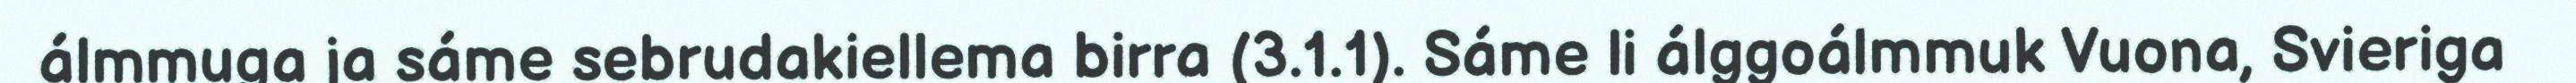
álmmuga ja sáme sebrudakiellema birra (3.1.1). Sáme li álggoálmmuk Vuona, Svieriga